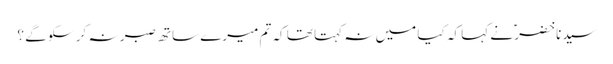
سیدنا خضرؑ نے کہا کہ کیا میں نہ کہتا تھا کہ تم میرے ساتھ صبر نہ کر سکو گے ؟